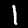
Digit: 1